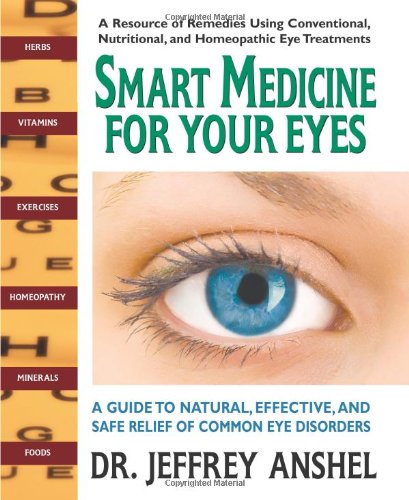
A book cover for Smart Medicine for Your Eyes: A Guide to Natural, Effective, and Safe Relief of Common Eye Disorders; Jeffrey Anshel  OD; Health, Fitness & Dieting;